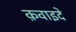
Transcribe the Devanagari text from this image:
क़वाइदे